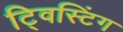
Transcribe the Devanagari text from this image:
ट्विस्टिंग